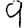
Digit: 9